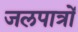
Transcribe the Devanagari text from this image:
जलपात्रों